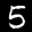
Label: 5